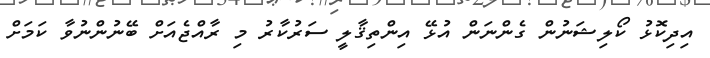
އިދިކޮޅު ކޯލިޝަނުން ގެންނަން އުޅޭ އިންތިޤާލީ ސަރުކާރު މި ރާއްޖެއަށް ބޭނުންނުވާ ކަމަށް